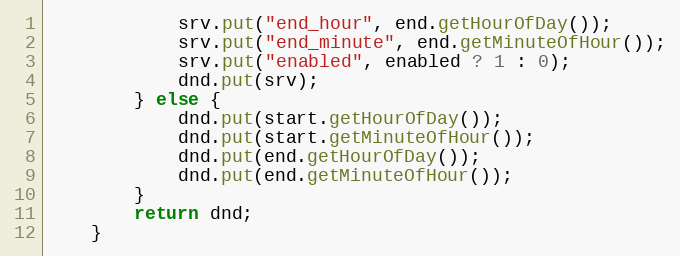
Language: Java
            srv.put("end_hour", end.getHourOfDay());
            srv.put("end_minute", end.getMinuteOfHour());
            srv.put("enabled", enabled ? 1 : 0);
            dnd.put(srv);
        } else {
            dnd.put(start.getHourOfDay());
            dnd.put(start.getMinuteOfHour());
            dnd.put(end.getHourOfDay());
            dnd.put(end.getMinuteOfHour());
        }
        return dnd;
    }